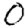
Digit: 0